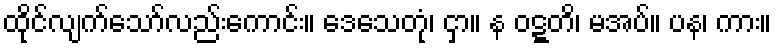
ထိုင်လျက်သော်လည်းကောင်း။ ဒေသေတုံ၊ ငှာ။ န ဝဋ္ဋတိ၊ မအပ်။ ပန၊ ကား။